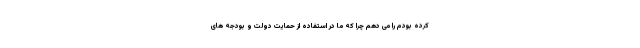
کرده بودم را می دهم چرا که ما در استفاده از حمایت دولت و بودجه های